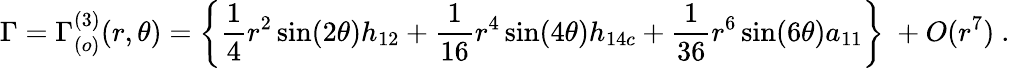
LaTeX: \Gamma=\Gamma_{(o)}^{(3)}(r,\theta)=\left\{ \frac{1}{4}r^{2}\sin(2\theta)h_{12}+\frac{1}{16}r^{4}\sin(4\theta)h_{14c}+\frac{1}{36}r^{6}\sin(6\theta)a_{11}\right\} \ +O(r^{7})\ .